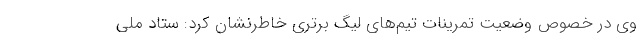
وی در خصوص وضعیت تمرینات تیم‌های لیگ برتری خاطرنشان کرد: ستاد ملی